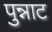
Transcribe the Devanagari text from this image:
पुन्नाट